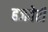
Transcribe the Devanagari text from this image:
हजवेरी